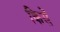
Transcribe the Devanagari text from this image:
किसें